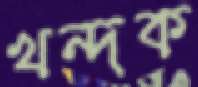
খন্দক